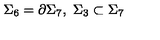
\Sigma _ { 6 } = \partial \Sigma _ { 7 } , \ \Sigma _ { 3 } \subset \Sigma _ { 7 }